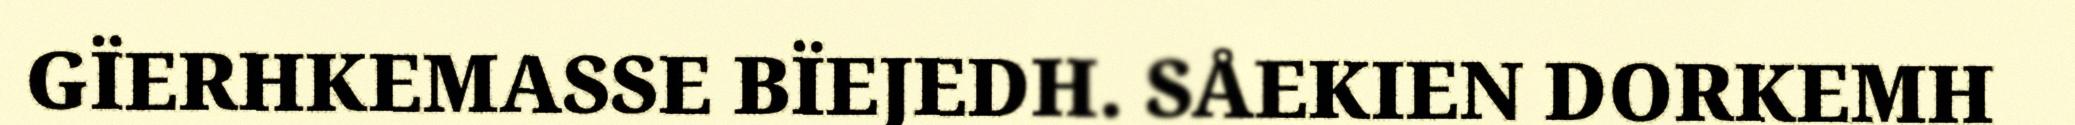
GÏERHKEMASSE BÏEJEDH. SÅEKIEN DORKEMH